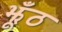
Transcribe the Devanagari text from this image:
झूँठ